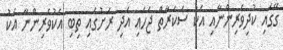
ގޭގައި ކުދިވެރިންނާއި އެކު ސަކަރާތް ޖަހައި އަދި ރަށުގައި ތިބި އެކުވެރިންނާ އެކު